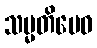
သမ္မတိမေဝ